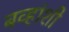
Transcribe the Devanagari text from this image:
बव्हांशी